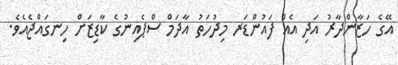
އޭގެ ހަޒާންދާރު އަދި އެއް ފައުންޑަރ މިދުހަތު އާދަމް ސްޕެއިނުގެ ކާޑިޒަށް ހިނގައްޖެއެވެ.